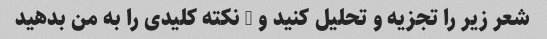
شعر زیر را تجزیه و تحلیل کنید و 3 نکته کلیدی را به من بدهید